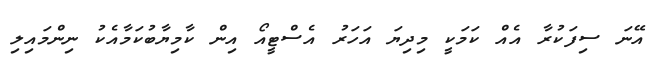
އޭނަ ސިފަކުރާ އެއް ކަމަކީ މިދިޔަ އަހަރު އެސްޓީއޯ އިން ކާމިޔާބުކަމާއެކު ނިންމައިލި